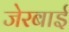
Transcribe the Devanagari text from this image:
जेरबाई